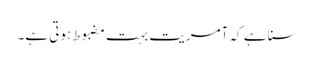
سنا ہے کہ آمریت بہت مضبوط ہوتی ہے۔